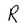
Character: R